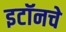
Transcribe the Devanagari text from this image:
इटॉनचे